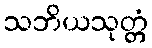
သဘိယသုတ္တံ